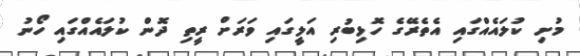
މުށި ކުލައެއްގައި އެތެރޭގެ ހޮޅިބުރި އަލީގައި ވަރަށް ރީތި ދޮން ކުލައެއްގައި ހޯނު